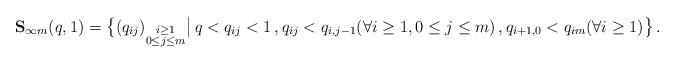
LaTeX: \begin{align*}\begin{aligned}\mathbf{S}_{\infty m} (q,1) = \big\{ (q_{ij})_{\substack{i \geq 1 \\ 0 \leq j \leq m}} \big| \, q < q_{ij} < 1 \,, q_{ij} < q_{i,j-1} (\forall i \geq 1, 0 \leq j \leq m) \,, q_{i+1,0} < q_{im} (\forall i \geq 1) \big\} \,.\end{aligned}\end{align*}